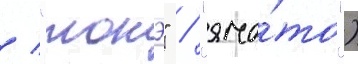
/ "тонэ" / "яма́то")